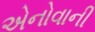
એનોવાની